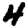
Digit: 4